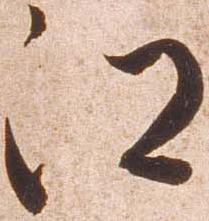
江